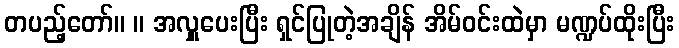
တပည့်တော်။ ။ အလှူပေးပြီး ရှင်ပြုတဲ့အချိန် အိမ်ဝင်းထဲမှာ မဏ္ဍပ်ထိုးပြီး